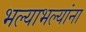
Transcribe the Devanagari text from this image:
भल्याभल्यांना